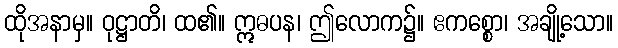
ထိုအနာမှ။ ဝုဋ္ဌာတိ၊ ထ၏။ ဣဓပန၊ ဤလောက၌။ ဧကစ္စော၊ အချို့သော။